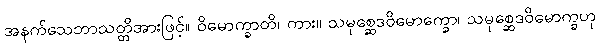
အနက်သေဘာသတ္တိအားဖြင့်။ ဝိမောက္ခာတိ၊ ကား။ သမုစ္ဆေဒဝိမောက္ခော၊ သမုစ္ဆေဒဝိမောက္ခဟု